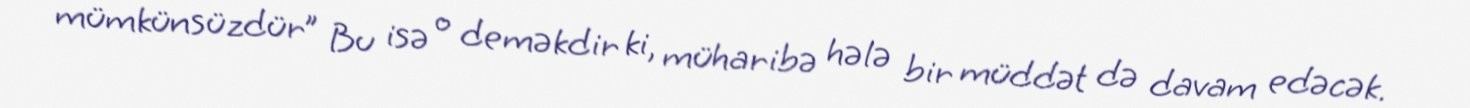
mümkünsüzdür” Bu isə o deməkdir ki, müharibə hələ bir müddət də davam edəcək.